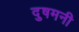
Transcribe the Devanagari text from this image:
दुषमनी